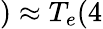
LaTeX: )\approx T_{e}(4